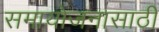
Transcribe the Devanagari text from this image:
समायोजनासाठी